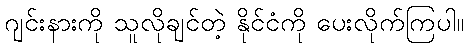
ဂျင်းနားကို သူလိုချင်တဲ့ နိုင်ငံကို ပေးလိုက်ကြပါ။